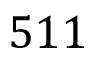
5 1 1